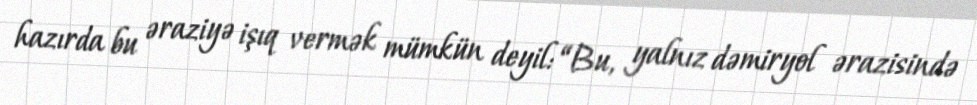
hazırda bu əraziyə işıq vermək mümkün deyil: “Bu, yalnız dəmiryol ərazisində